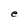
Character: e